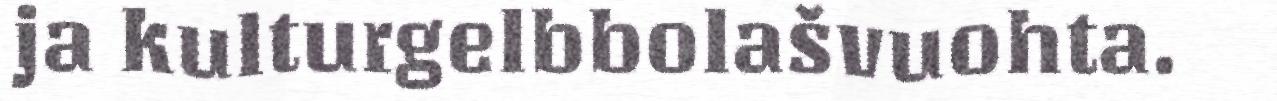
ja kulturgelbbolašvuohta.